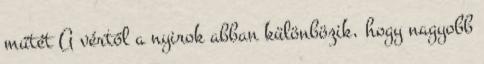
műtét A vértől a nyirok abban különbözik, hogy nagyobb